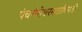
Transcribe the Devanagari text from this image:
पंचगंगेश्वरमठाधिपती